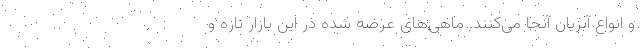
و انواع آبزیان آنجا می‌کنند. ماهی‌های عرضه شده در این بازار تازه و